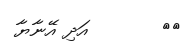
٢٣       އަދި އޭނާޔާ